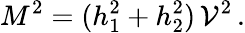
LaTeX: M^{2}=(h_{1}^{2}+h_{2}^{2})\, {\cal V}^{2}\, .